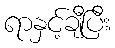
ရာနှင့်ချီပြီး